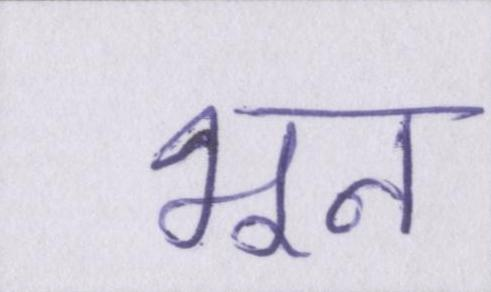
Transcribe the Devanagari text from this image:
भून